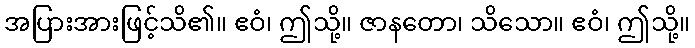
အပြားအားဖြင့်သိ၏။ ဧဝံ၊ ဤသို့။ ဇာနတော၊ သိသော။ ဧဝံ၊ ဤသို့။